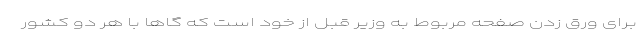
برای ورق زدن صفحه مربوط به وزیر قبل از خود است که گاها با هر دو کشور